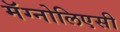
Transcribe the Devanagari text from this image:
मॅग्नोलिएसी